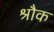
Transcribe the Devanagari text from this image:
श्रौक